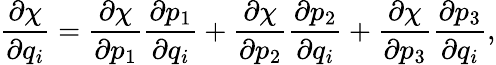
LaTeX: \frac{\partial\chi}{\partial q_{i}}=\frac{\partial\chi}{\partial p_{1}}\frac{\partial p_{1}}{\partial q_{i}}+\frac{\partial\chi}{\partial p_{2}}\frac{\partial p_{2}}{\partial q_{i}}+\frac{\partial\chi}{\partial p_{3}}\frac{\partial p_{3}}{\partial q_{i}},